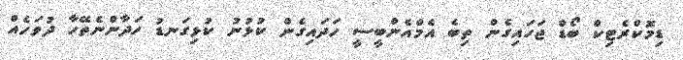
ޑިމޮކްރެޓިކް ބޯޑް ޖަހައިގެން ތިބެ އެމްއެންބީސީ ހަދައިގެން ކުޅުނު ކުޅިގަނޑު ހަދާންނެތޭހާ ދުވަހެއް